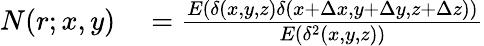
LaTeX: \begin{array}{rl}{N(r;x,y)}&{{}=\frac{E(\delta(x,y,z)\delta(x+\Delta x,y+\Delta y,z+\Delta z))}{E(\delta^{2}(x,y,z))}}\end{array}